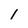
Character: i